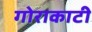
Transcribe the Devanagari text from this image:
गोराकाटी